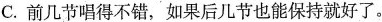
C.前几节唱得不错，如果后几节也能保持就好了。